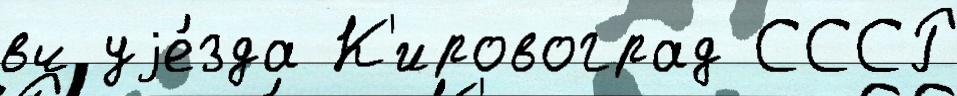
вч уjе́зда К'ировоград СССР